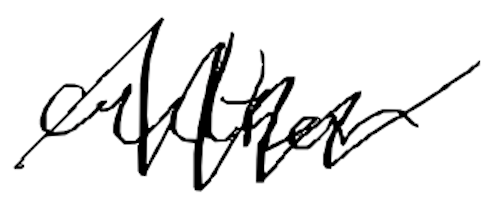
Text: author
Cross-out: zig-zag
Writing tool: digital_black